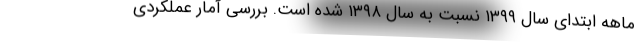
ماهه ابتدای سال ۱۳۹۹ نسبت به سال ۱۳۹۸ شده است. بررسی آمار عملکردی